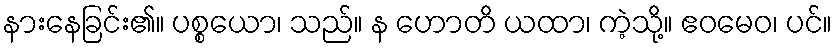
နားနေခြင်း၏။ ပစ္စယော၊ သည်။ န ဟောတိ ယထာ၊ ကဲ့သို့။ ဧဝမေဝ၊ ပင်။